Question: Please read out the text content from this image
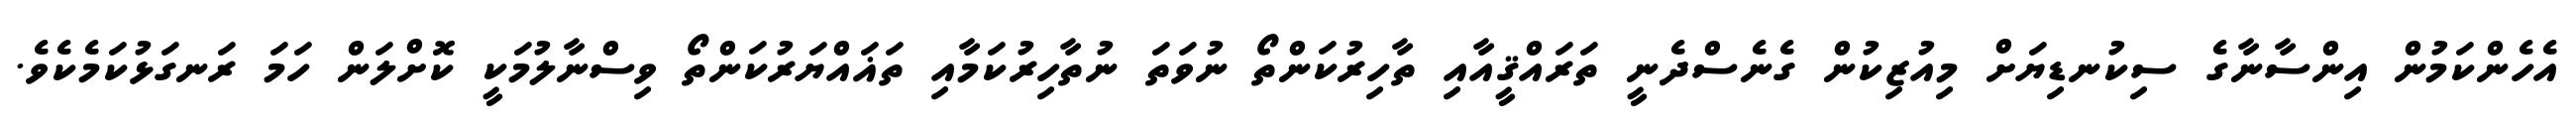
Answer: އެހެންކަމުން އިންސާނާގެ ސިކުނޑިޔަށް މިއުޒިކުން ގެނެސްދެނީ ތަރައްޤީއާއި ތާހިރުކަންތޯ ނުވަތަ ނުތާހިރުކަމާއި ތަޣައްޔަރުކަންތޯ ވިސްނާލުމަކީ ކޮށްލަން ހަމަ ރަނގަޅުކަމެކެވެ.